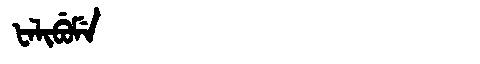
Manchu: ᡶᠠᠯᡳᠪᡠᠮᡝ
Romanization: FALIBUME